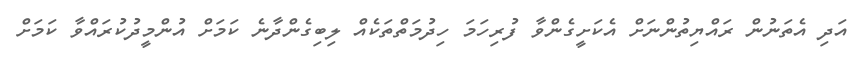
އަދި އެތަނުން ރައްޔިތުންނަށް އެކަށީގެންވާ ފުރިހަމަ ހިދުމަތްތަކެއް ލިބިގެންދާނެ ކަމަށް އުންމީދުކުރައްވާ ކަމަށް